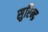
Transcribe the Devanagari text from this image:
सुरिन्द्र